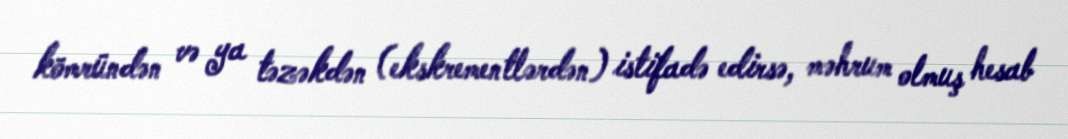
kömründən və ya təzəkdən (ekskrementlərdən) istifadə edirsə, məhrum olmuş hesab